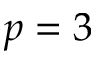
p = 3